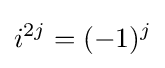
i^{2j}=(-1)^{j}